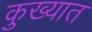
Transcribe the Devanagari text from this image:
कुख्‍यात